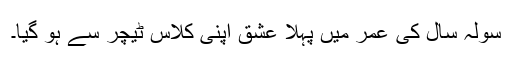
سولہ سال کی عمر میں پہلا عشق اپنی کلاس ٹیچر سے ہو گیا۔